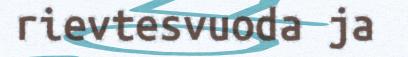
rievtesvuoda ja